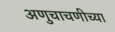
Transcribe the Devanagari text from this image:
अणुचाचणीच्या